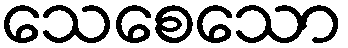
သေစေသော